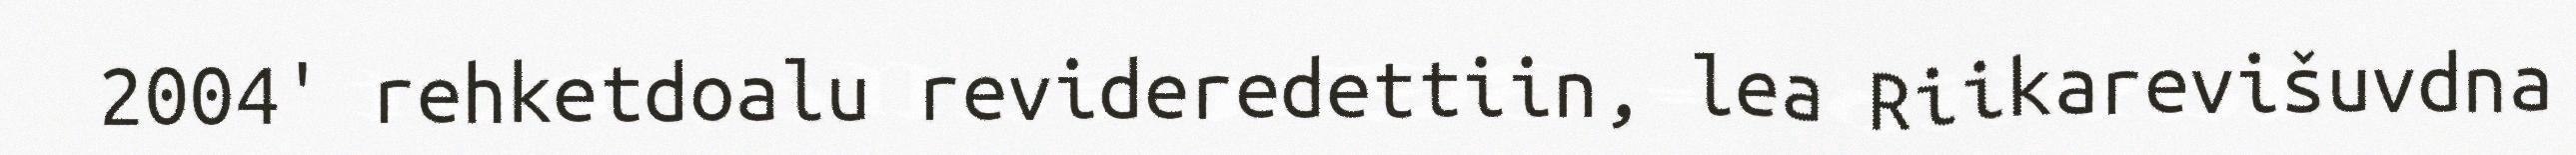
2004' rehketdoalu revideredettiin, lea Riikarevišuvdna